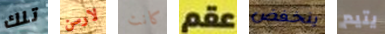
تلك لارسن كانت عقم ينخفض يتيم